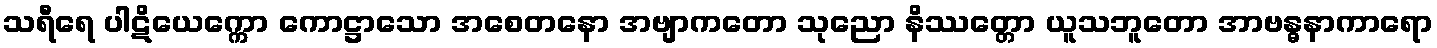
သရီရေ ပါဋိယေက္ကော ကောဋ္ဌာသော အစေတနော အဗျာကတော သုညော နိဿတ္တော ယူသဘူတော အာဗန္ဓနာကာရော